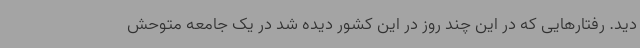
دید. رفتارهایی که در این چند روز در این کشور دیده شد در یک جامعه متوحش